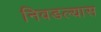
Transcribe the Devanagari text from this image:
निवडल्यास